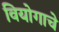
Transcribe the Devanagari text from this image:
वियोगाचे